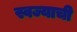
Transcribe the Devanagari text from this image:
स्वज्याची